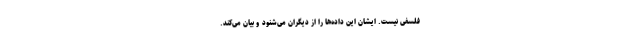
فلسفی نیست. ایشان این داده‌ها را از دیگران می‌شنود و بیان می‌کند.